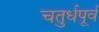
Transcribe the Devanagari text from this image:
चतुर्धपूर्व